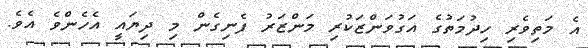
އެ މަތިވެރި ހިދުމަތުގެ އަގުވަންޒަކުރި މަންޒަރު ފެނިގެން މި ދިޔައީ އެހެންވެ އެވެ.